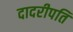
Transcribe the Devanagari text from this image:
दादरीपति